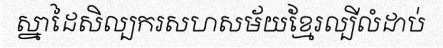
ស្នាដៃសិល្បករសហសម័យខ្មែរល្បីលំដាប់